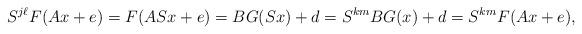
LaTeX: \begin{align*}S^{j\ell}F(Ax+e) = F(ASx+e)=BG(Sx)+d = S^{km}BG(x)+d=S^{km}F(Ax+e),\end{align*}